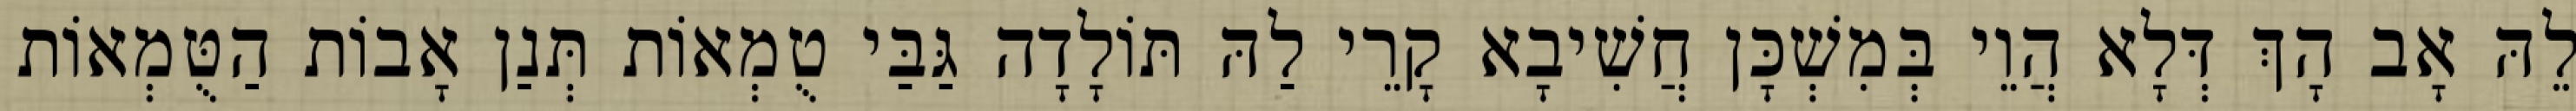
לֵהּ אָב הָךְ דְּלָא הֲוֵי בְּמִשְׁכָּן חֲשִׁיבָא קָרֵי לַהּ תּוֹלָדָה גַּבַּי טֻמְאוֹת תְּנַן אָבוֹת הַטֻּמְאוֹת